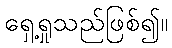
ရှေ့ရှုသည်ဖြစ်၍။